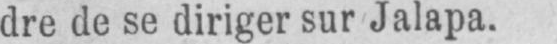
dre de se diriger sur Jalapa.